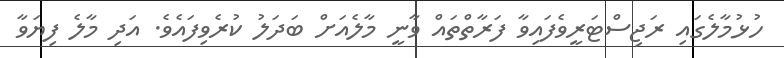
ހުޅުމާލެގައި ރަޖިސްޓަރީވެފައިވާ ފަރާތްތައް ވާނީ މާލެއަށް ބަދަލު ކުރެވިފައެވެ. އަދި މާލެ ފިޔަވާ